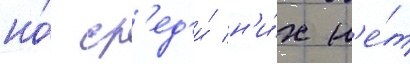
но́ ср'ед'и́ н'и́х н'е́т